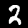
Digit: 2